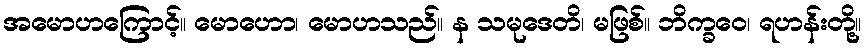
အမောဟကြောင့်။ မောဟော၊ မောဟသည်။ န သမုဒေတိ၊ မဖြစ်။ ဘိက္ခဝေ၊ ရဟန်းတို့။